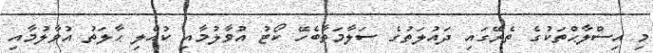
މި އިސްލާޙްތަކުގެ ތެރޭގައި ދައުލަތުގެ ސަލާމަތާބެހޭ ކޯޓު އުވާލުމާއި ކުއްލި ޙާލަތު އުވާލުމާއި